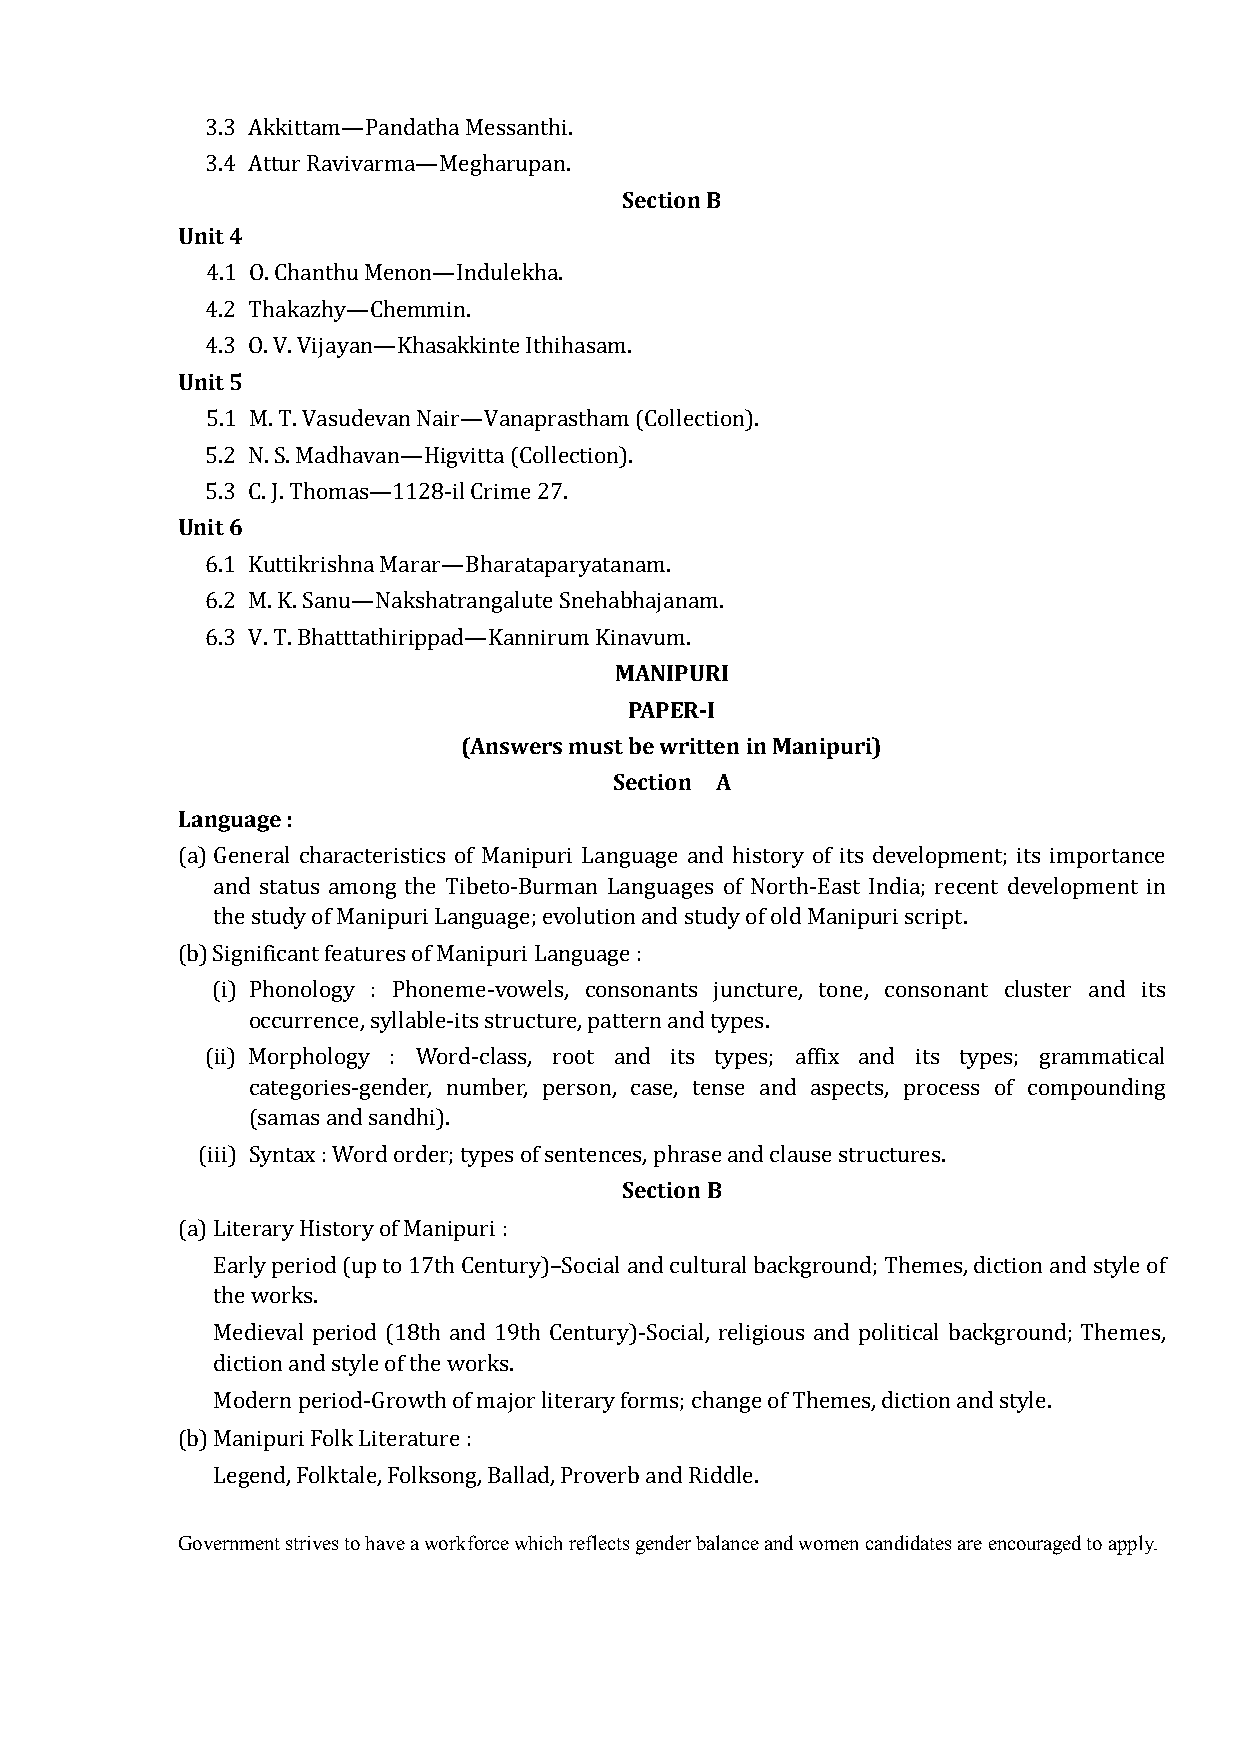
3.3 Akkittam—Pandatha Messanthi.
 Section B
 3.4 Attur Ravivarma—Megharupan.
 Unit 4
 4.1 O. Chanthu Menon—Indulekha.
 4.2 Thakazhy—Chemmin.
 Unit 5
 4.3 O. V. Vijayan—Khasakkinte Ithihasam.
 5.1 M. T. Vasudevan Nair—Vanaprastham (Collection).
 5.2 N. S. Madhavan—Higvitta (Collection).
 Unit 6
 5.3 C. J. Thomas—1128-il Crime 27.
 6.1 Kuttikrishna Marar—Bharataparyatanam.
 6.2 M. K. Sanu—Nakshatrangalute Snehabhajanam.
 MANIPURI
 6.3 V. T. Bhatttathirippad—Kannirum Kinavum.
 PAPER-I
 (Answers must be written in Manipuri)
 Section A
 Language :
 (a) General characteristics of Manipuri Language and history of its development; its importance
 and status among the Tibeto-Burman Languages of North-East India; recent development in
 the study of Manipuri Language; evolution and study of old Manipuri script.
 (b) Significant features of Manipuri Language :
 (i) Phonology : Phoneme-vowels, consonants juncture, tone, consonant cluster and its
 occurrence, syllable-its structure, pattern and types.
 (ii) Morphology : Word-class, root and its types; affix and its types; grammatical
 categories-gender, number, person, case, tense and aspects, process of compounding
 (samas and sandhi).
 Section B
 (iii) Syntax : Word order; types of sentences, phrase and clause structures.
 (a) Literary History of Manipuri :
 Early period (up to 17th Century)–Social and cultural background; Themes, diction and style of
 the works.
 Medieval period (18th and 19th Century)-Social, religious and political background; Themes,
 diction and style of the works.
 Modern period-Growth of major literary forms; change of Themes, diction and style.
 (b) Manipuri Folk Literature :
 Legend, Folktale, Folksong, Ballad, Proverb and Riddle.
 Government strives to have a workforce which reflects gender balance and women candidates are encouraged to apply.